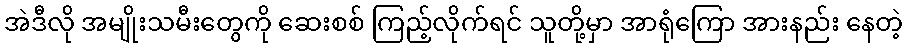
အဲဒီလို အမျိုးသမီးတွေကို ဆေးစစ် ကြည့်လိုက်ရင် သူတို့မှာ အာရုံကြော အားနည်း နေတဲ့